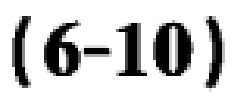
\((6 - 10)\)